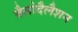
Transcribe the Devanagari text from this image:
वैसोदैलैशन